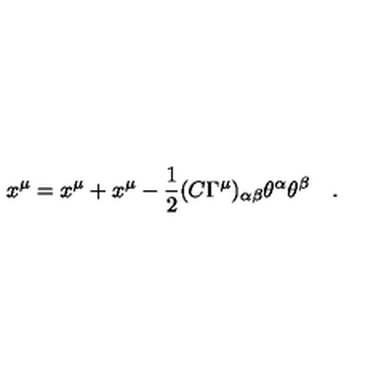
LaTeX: x ^ { \mu } = x ^ { \mu } + x ^ { \mu } - { \frac { 1 } { 2 } } ( C \Gamma ^ { \mu } ) _ { \alpha \beta } \theta ^ { \alpha } \theta ^ { \beta } \quad .